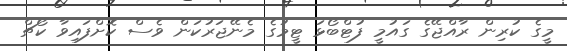
މީގެ ކުރިން ރާއްޖޭގެ ގައުމީ ފުޓްބޯޅަ ޓީމުގެ މެނޭޖަރުކަން ވެސް ކޮށްފައިވާ ކޯޗް